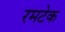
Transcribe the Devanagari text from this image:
रमटेक